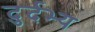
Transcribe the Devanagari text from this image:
दुर्दभ्य